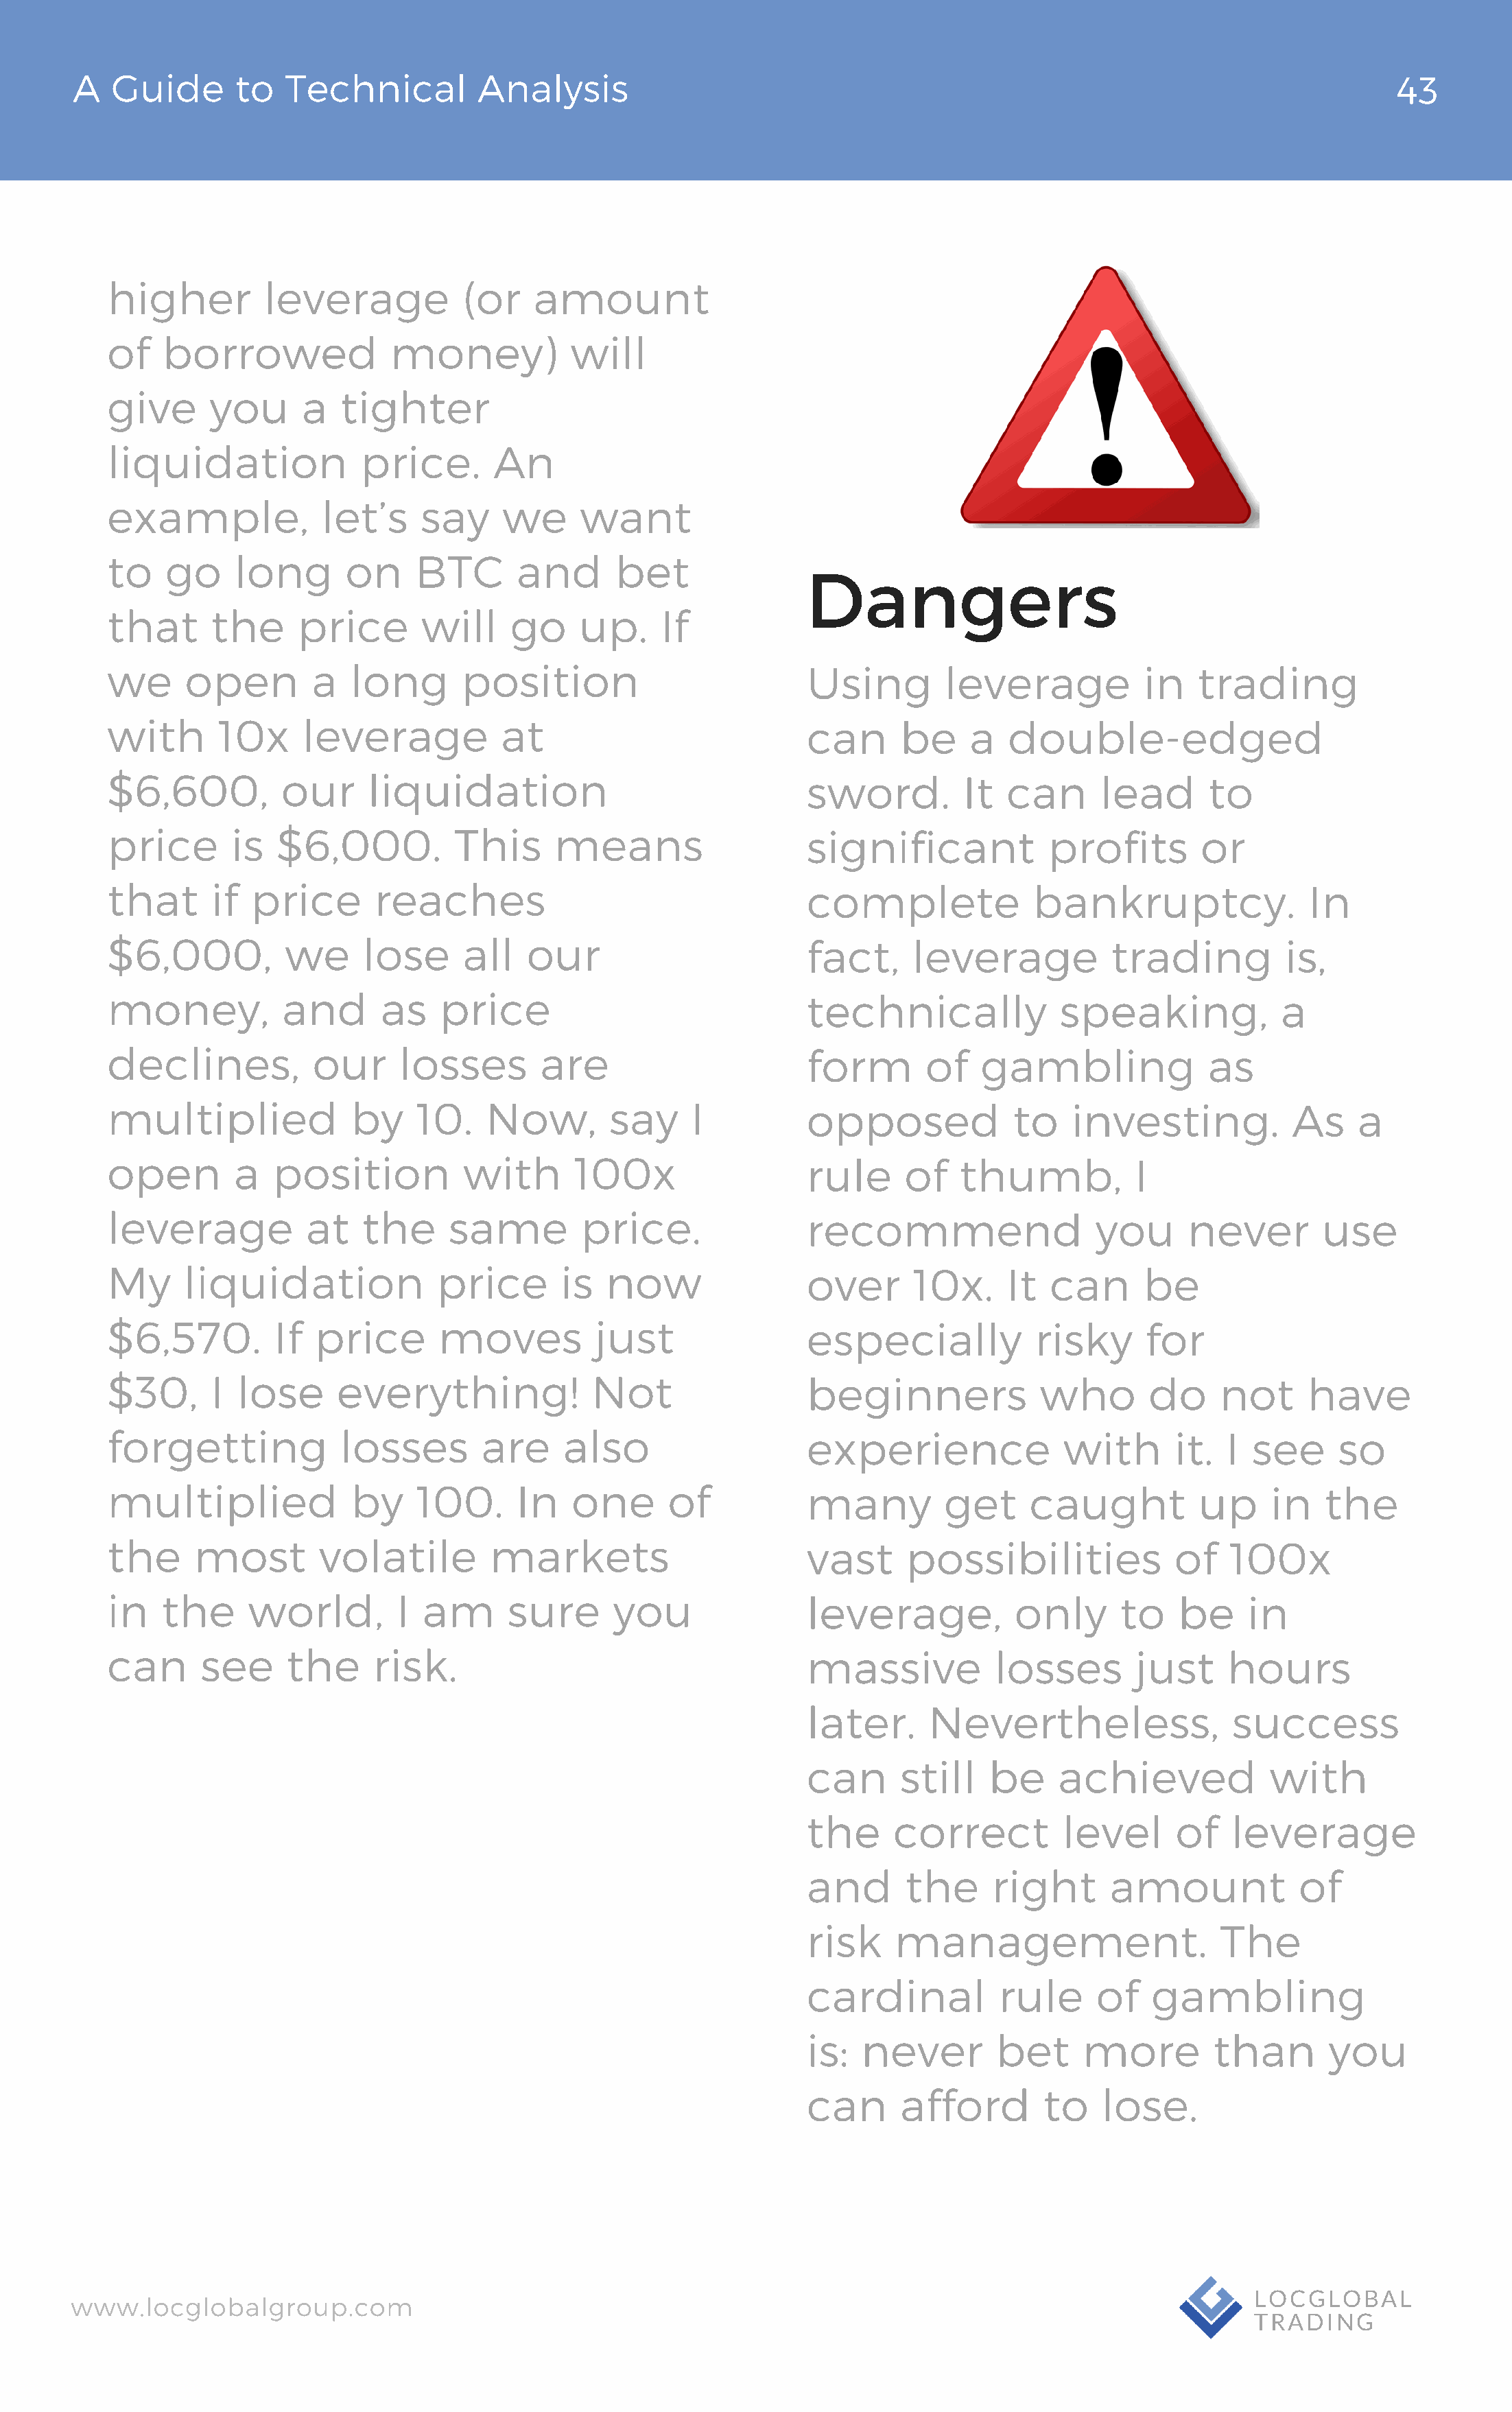
A   Guide       to  Technical          Analysis                                                                                 43
 higher         leverage            (or   amount
 of    borrowed              money)           will
 give      you      a   tighter
 liquidation              price.       An
 example,             let’s     say    we      want
 to    go     long      on     BTC       and      bet
 Dangers
 that      the      price       will    go     up.     If
 we      open        a   long       position                         Using        leverage           in    trading
 with       10x     leverage           at                            can      be     a  double-edged
 $6,600,          our     liquidation                                sword.         It  can      lead       to
 price       is   $6,000.          This     means                    significant            profits        or
 that      if  price       reaches                                   complete              bankruptcy.               In
 $6,000,          we      lose      all   our                        fact,     leverage           trading          is,
 money,           and       as   price                               technically             speaking,             a
 declines,           our     losses        are                       form       of    gambling              as
 multiplied              by    10.    Now,        say     I          opposed             to   investing.            As    a
 open         a  position           with      100x                   rule     of    thumb,          I
 leverage            at   the     same         price.                recommend                   you      never        use
 My      liquidation             price       is  now                 over      10x.     It  can      be
 $6,570.         If  price       moves          just                 especially            risky      for
 $30,      I  lose      everything!             Not                  beginners             who        do     not     have
 forgetting             losses       are     also                    experience               with      it.  I  see     so
 multiplied              by    100.      In   one      of            many         get     caught           up     in   the
 the      most        volatile        markets                        vast     possibilities             of    100x
 in    the     world,        I  am      sure      you                leverage,           only      to    be    in
 can      see      the     risk.                                     massive           losses        just    hours
 later.      Nevertheless,                success
 can      still   be     achieved            with
 the     correct         level      of    leverage
 and      the      right      amount            of
 risk    management.                     The
 cardinal          rule      of   gambling
 is:  never        bet     more         than       you
 can      afford        to   lose.
 www.locglobalgroup.com                                                                                            LOCGLOBAL
 TRADING